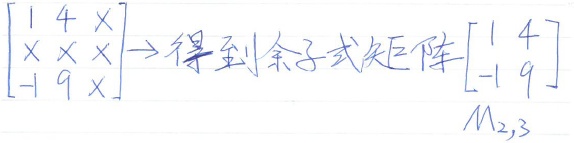
由矩阵\(\begin{bmatrix}1 & 4 & x \\x & x & x \\-1 & 9 & x\end{bmatrix}\)得到余子式矩阵\(\begin{bmatrix}1 & 4 \\-1 & 9\end{bmatrix}\)，此为\(M_{2,3}\) 。